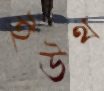
ইউথ